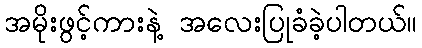
အမိုးဖွင့်ကားနဲ့ အလေးပြုခံခဲ့ပါတယ်။